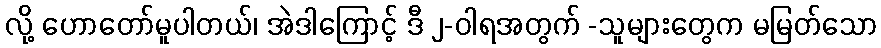
လို့ ဟောတော်မူပါတယ်၊ အဲဒါကြောင့် ဒီ ၂-ဝါရအတွက် -သူများတွေက မမြတ်သော